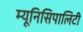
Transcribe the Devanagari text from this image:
म्यूनिसिपालिटी